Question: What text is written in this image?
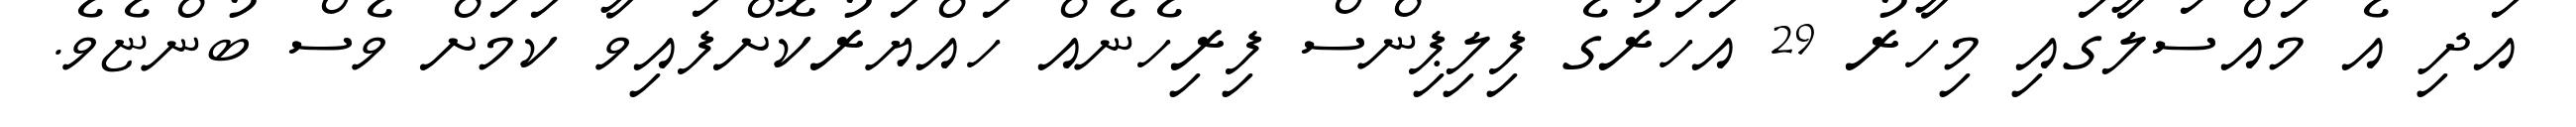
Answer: އަދި އެ މައްސަލާގައި މިހާރު 29 އަހަރުގެ ފިލިޕިންސް ފިރިހެނެއް ހައްޔަރުކޮށްފައިވާ ކަމަށް ވެސް ބުންޏެވެ.